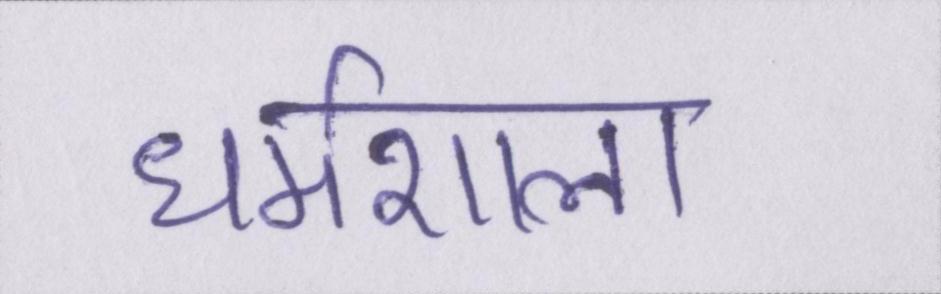
धर्मशाला